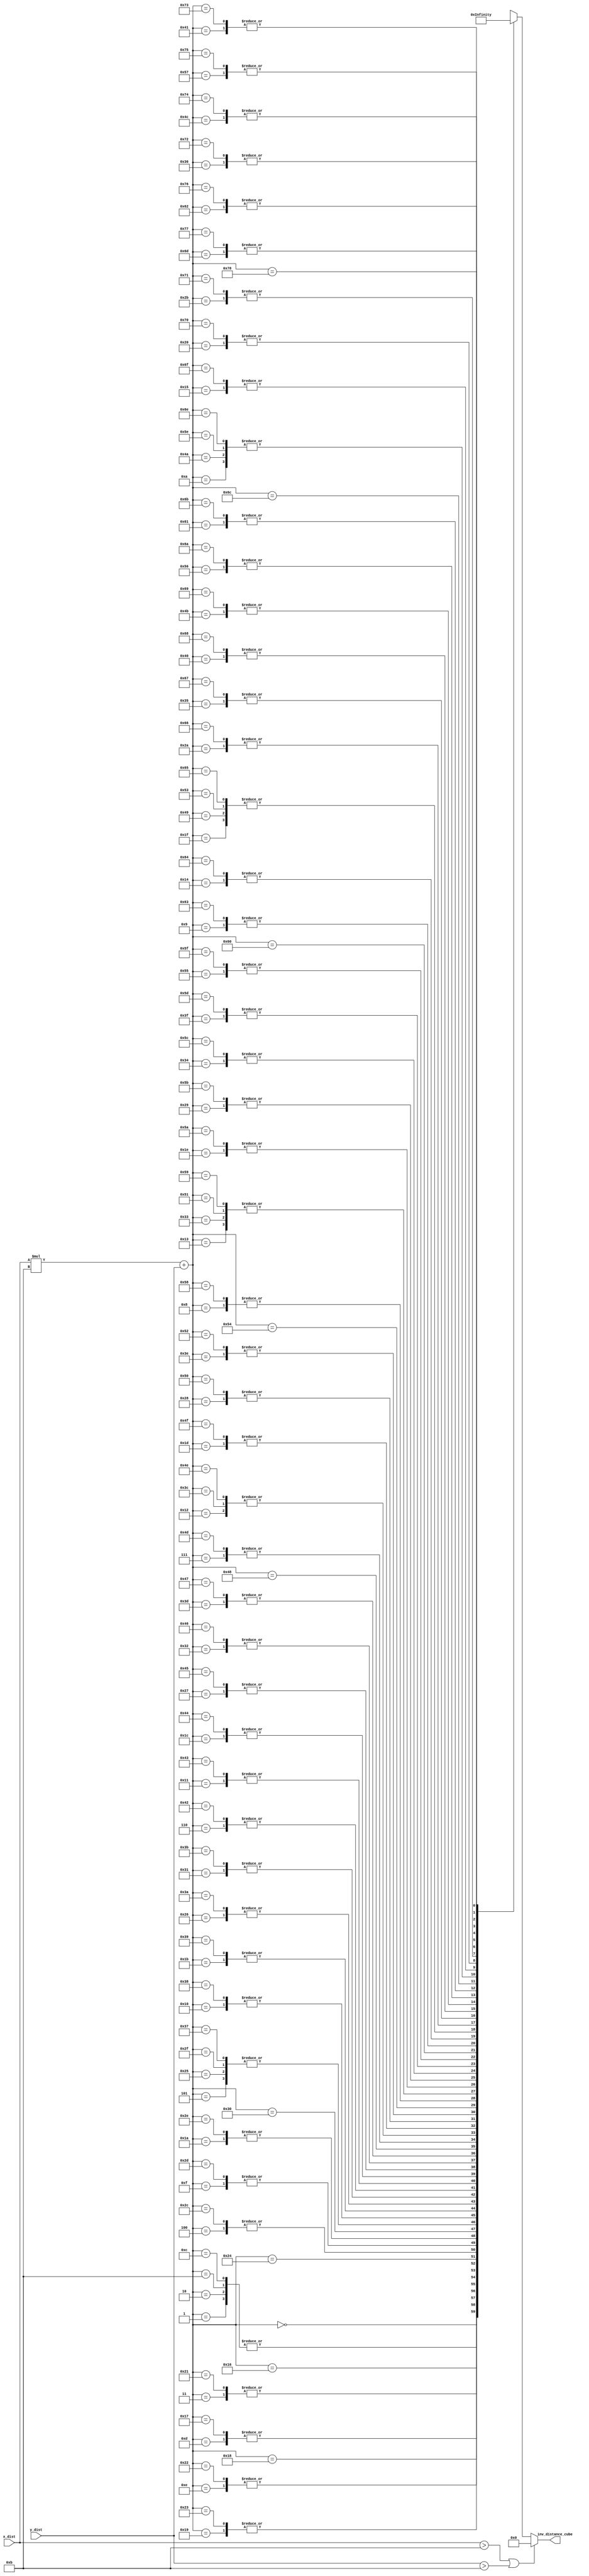
module inv_calculator (
  input [6:0] x_dist,
  input [5:0] y_dist,
  output [19:0] inv_distance_cube);



  reg [19:0] output_buffer;
  assign inv_distance_cube = output_buffer;

  wire [19:0] pre_calculated [10:0][10:0];

  assign pre_calculated[0][0] = 20'b0; //ignores itself

  assign pre_calculated[0][1] = 20'b11111111111111111111;
  assign pre_calculated[0][2] = 20'b11111111111111111111;
  assign pre_calculated[0][3] = 20'b111000111000111000;
  assign pre_calculated[0][4] = 20'b100000000000000000;
  assign pre_calculated[0][5] = 20'b10100011110101110;
  assign pre_calculated[0][6] = 20'b1110001110001110;
  assign pre_calculated[0][7] = 20'b1010011100101111;
  assign pre_calculated[0][8] = 20'b1000000000000000;
  assign pre_calculated[0][9] = 20'b110010100100010;
  assign pre_calculated[0][10] = 20'b101000111101011;
  assign pre_calculated[1][0] = 20'b11111111111111111111;
  assign pre_calculated[1][1] = 20'b11111111111111111111;
  assign pre_calculated[1][2] = 20'b1100110011001100110;
  assign pre_calculated[1][3] = 20'b110011001100110011;
  assign pre_calculated[1][4] = 20'b11110000111100001;
  assign pre_calculated[1][5] = 20'b10011101100010011;
  assign pre_calculated[1][6] = 20'b1101110101100111;
  assign pre_calculated[1][7] = 20'b1010001111010111;
  assign pre_calculated[1][8] = 20'b111111000000111;
  assign pre_calculated[1][9] = 20'b110001111100111;
  assign pre_calculated[1][10] = 20'b101000100011011;
  assign pre_calculated[2][0] = 20'b10000000000000000000;
  assign pre_calculated[2][1] = 20'b1100110011001100110;
  assign pre_calculated[2][2] = 20'b1000000000000000000;
  assign pre_calculated[2][3] = 20'b100111011000100111;
  assign pre_calculated[2][4] = 20'b11001100110011001;
  assign pre_calculated[2][5] = 20'b10001101001111011;
  assign pre_calculated[2][6] = 20'b1100110011001100;
  assign pre_calculated[2][7] = 20'b1001101010010000;
  assign pre_calculated[2][8] = 20'b111100001111000;
  assign pre_calculated[2][9] = 20'b110000001100000;
  assign pre_calculated[2][10] = 20'b100111011000100;
  assign pre_calculated[3][0] = 20'b111000111000111000;
  assign pre_calculated[3][1] = 20'b110011001100110011;
  assign pre_calculated[3][2] = 20'b100111011000100111;
  assign pre_calculated[3][3] = 20'b11100011100011100;
  assign pre_calculated[3][4] = 20'b10100011110101110;
  assign pre_calculated[3][5] = 20'b1111000011110000;
  assign pre_calculated[3][6] = 20'b1011011000001011;
  assign pre_calculated[3][7] = 20'b1000110100111101;
  assign pre_calculated[3][8] = 20'b111000000111000;
  assign pre_calculated[3][9] = 20'b101101100000101;
  assign pre_calculated[3][10] = 20'b100101100100111;
  assign pre_calculated[4][0] = 20'b100000000000000000;
  assign pre_calculated[4][1] = 20'b11110000111100001;
  assign pre_calculated[4][2] = 20'b11001100110011001;
  assign pre_calculated[4][3] = 20'b10100011110101110;
  assign pre_calculated[4][4] = 20'b10000000000000000;
  assign pre_calculated[4][5] = 20'b1100011111001110;
  assign pre_calculated[4][6] = 20'b1001110110001001;
  assign pre_calculated[4][7] = 20'b111111000000111;
  assign pre_calculated[4][8] = 20'b110011001100110;
  assign pre_calculated[4][9] = 20'b101010001110100;
  assign pre_calculated[4][10] = 20'b100011010011110;
  assign pre_calculated[5][0] = 20'b10100011110101110;
  assign pre_calculated[5][1] = 20'b10011101100010011;
  assign pre_calculated[5][2] = 20'b10001101001111011;
  assign pre_calculated[5][3] = 20'b1111000011110000;
  assign pre_calculated[5][4] = 20'b1100011111001110;
  assign pre_calculated[5][5] = 20'b1010001111010111;
  assign pre_calculated[5][6] = 20'b1000011001001011;
  assign pre_calculated[5][7] = 20'b110111010110011;
  assign pre_calculated[5][8] = 20'b101110000001011;
  assign pre_calculated[5][9] = 20'b100110101001000;
  assign pre_calculated[5][10] = 20'b100000110001001;
  assign pre_calculated[6][0] = 20'b1110001110001110;
  assign pre_calculated[6][1] = 20'b1101110101100111;
  assign pre_calculated[6][2] = 20'b1100110011001100;
  assign pre_calculated[6][3] = 20'b1011011000001011;
  assign pre_calculated[6][4] = 20'b1001110110001001;
  assign pre_calculated[6][5] = 20'b1000011001001011;
  assign pre_calculated[6][6] = 20'b111000111000111;
  assign pre_calculated[6][7] = 20'b110000001100000;
  assign pre_calculated[6][8] = 20'b101000111101011;
  assign pre_calculated[6][9] = 20'b100011000000100;
  assign pre_calculated[6][10] = 20'b11110000111100;
  assign pre_calculated[7][0] = 20'b1010011100101111;
  assign pre_calculated[7][1] = 20'b1010001111010111;
  assign pre_calculated[7][2] = 20'b1001101010010000;
  assign pre_calculated[7][3] = 20'b1000110100111101;
  assign pre_calculated[7][4] = 20'b111111000000111;
  assign pre_calculated[7][5] = 20'b110111010110011;
  assign pre_calculated[7][6] = 20'b110000001100000;
  assign pre_calculated[7][7] = 20'b101001110010111;
  assign pre_calculated[7][8] = 20'b100100001111110;
  assign pre_calculated[7][9] = 20'b11111100000011;
  assign pre_calculated[7][10] = 20'b11011011111010;
  assign pre_calculated[8][0] = 20'b1000000000000000;
  assign pre_calculated[8][1] = 20'b111111000000111;
  assign pre_calculated[8][2] = 20'b111100001111000;
  assign pre_calculated[8][3] = 20'b111000000111000;
  assign pre_calculated[8][4] = 20'b110011001100110;
  assign pre_calculated[8][5] = 20'b101110000001011;
  assign pre_calculated[8][6] = 20'b101000111101011;
  assign pre_calculated[8][7] = 20'b100100001111110;
  assign pre_calculated[8][8] = 20'b100000000000000;
  assign pre_calculated[8][9] = 20'b11100001111111;
  assign pre_calculated[8][10] = 20'b11000111110011;
  assign pre_calculated[9][0] = 20'b110010100100010;
  assign pre_calculated[9][1] = 20'b110001111100111;
  assign pre_calculated[9][2] = 20'b110000001100000;
  assign pre_calculated[9][3] = 20'b101101100000101;
  assign pre_calculated[9][4] = 20'b101010001110100;
  assign pre_calculated[9][5] = 20'b100110101001000;
  assign pre_calculated[9][6] = 20'b100011000000100;
  assign pre_calculated[9][7] = 20'b11111100000011;
  assign pre_calculated[9][8] = 20'b11100001111111;
  assign pre_calculated[9][9] = 20'b11001010010001;
  assign pre_calculated[9][10] = 20'b10110101000010;
  assign pre_calculated[10][0] = 20'b101000111101011;
  assign pre_calculated[10][1] = 20'b101000100011011;
  assign pre_calculated[10][2] = 20'b100111011000100;
  assign pre_calculated[10][3] = 20'b100101100100111;
  assign pre_calculated[10][4] = 20'b100011010011110;
  assign pre_calculated[10][5] = 20'b100000110001001;
  assign pre_calculated[10][6] = 20'b11110000111100;
  assign pre_calculated[10][7] = 20'b11011011111010;
  assign pre_calculated[10][8] = 20'b11000111110011;
  assign pre_calculated[10][9] = 20'b10110101000010;
  assign pre_calculated[10][10] = 20'b10100011110101;

  always @(*) begin
    if ((x_dist>20'b1011)|(y_dist>20'b1011))
      output_buffer = 20'b0;
    else
      output_buffer = pre_calculated[x_dist][y_dist];
  end
endmodule